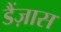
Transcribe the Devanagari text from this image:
डैंज़ास